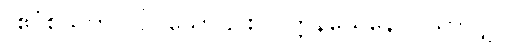
(ဧဝံစသတိ) ဝါ၊ သော်၎င်း။ ဝုတ္တနယေနေဝ၊ သာလျှင်။